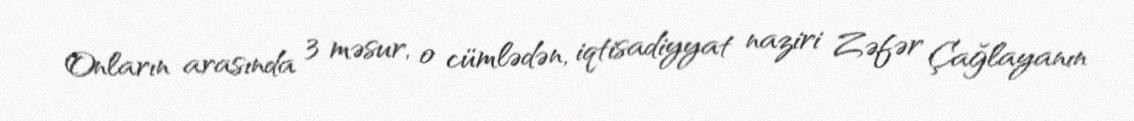
Onların arasında 3 məsur, o cümlədən, iqtisadiyyat naziri Zəfər Çağlayanın